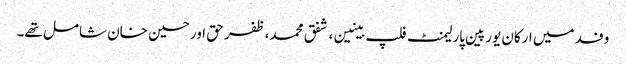
وفد میں ارکان یورپین پارلیمنٹ فلپ بینین، شفق محمد، ظفر حق اور حسین خان شامل تھے۔